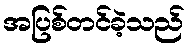
အပြစ်တင်ခဲ့သည်